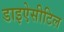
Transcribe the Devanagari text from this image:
डाइऐसीटिल